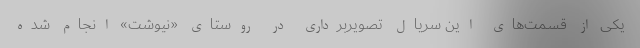
یکی از قسمت‌های این سریال تصویربرداری در روستای «نیوشت» انجام شده